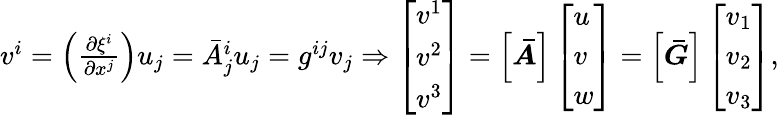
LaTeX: \begin{array}{r}{v^{i}=\left(\frac{\partial\xi^{i}}{\partial x^{j}}\right)u_{j}=\bar{A}_{j}^{i}u_{j}=g^{ij}v_{j}\Rightarrow\left[\begin{array}{l}{v^{1}}\\ {v^{2}}\\ {v^{3}}\end{array}\right]=\left[\boldsymbol{\bar{A}}\right]\left[\begin{array}{l}{u}\\ {v}\\ {w}\end{array}\right]=\left[\boldsymbol{\bar{G}}\right]\left[\begin{array}{l}{v_{1}}\\ {v_{2}}\\ {v_{3}}\end{array}\right],}\end{array}